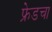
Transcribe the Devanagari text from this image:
फ्रेडचा